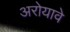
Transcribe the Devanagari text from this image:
अरोयावे